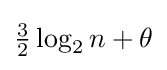
{\tfrac {3}{2}}\log _{2}n+\theta